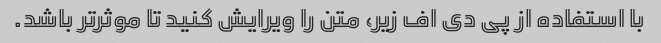
با استفاده از پی دی اف زیر، متن را ویرایش کنید تا موثرتر باشد.